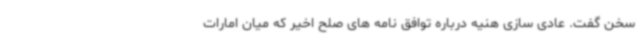
سخن گفت. عادی سازی هنیه درباره توافق نامه های صلح اخیر که میان امارات